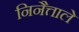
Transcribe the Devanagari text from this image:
निनैत्ताले